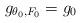
LaTeX: \begin{align*}g_{\theta_0,F_0}=g_0\end{align*}